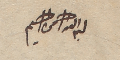
بسم الله الرحمن الرحيم